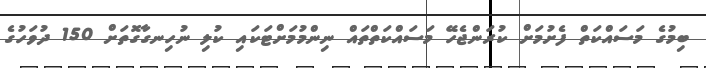
ބިމުގެ މަސައްކަތް ފެށުމަށް ކުރަންޖެހޭ މަސައްކަތްތައް ނިންމުމަށްޓަކައި ކުލި ނުހިނގާގޮތަށް 150 ދުވަހުގެ